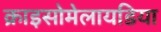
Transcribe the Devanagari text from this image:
क्राइसोमेलायडिया